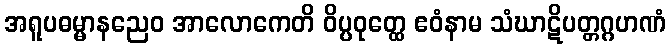
အရူပဓမ္မာနညေဝ အာလောကေတိ ဝိပ္ပဝုတ္ထေ ဧဝံနာမ သံဃာဋိပတ္တဂ္ဂဟဏံ